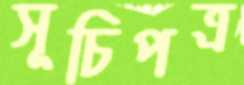
সূচিপত্র